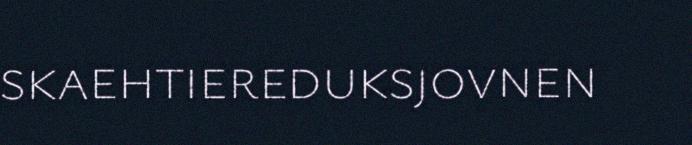
skaehtiereduksjovnen